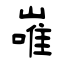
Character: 嶉